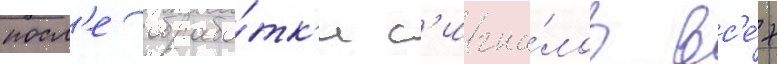
посл'е обрабо́тк'и с'игна́лов вс'е́х